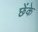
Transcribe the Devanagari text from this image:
छेंके